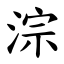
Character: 淙